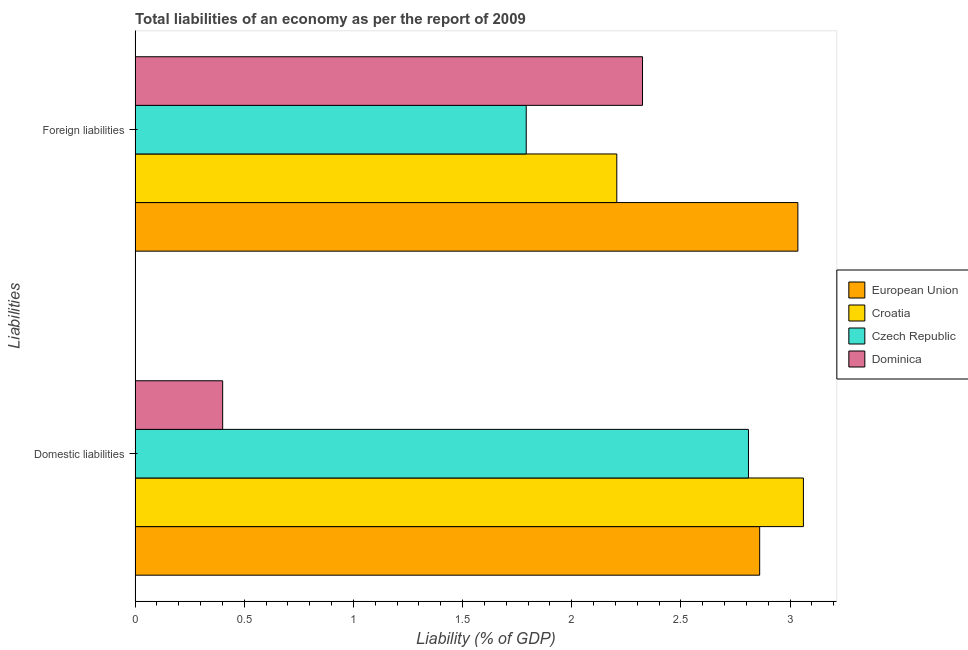
| Liabilities | European Union | Croatia | Czech Republic | Dominica |
 | --- | --- | --- | --- | --- |
 | Domestic liabilities | 2.86 | 3.06 | 2.81 | 0.401 |
 | Foreign liabilities | 3.04 | 2.21 | 1.79 | 2.32 |